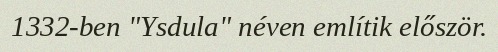
1332-ben "Ysdula" néven említik először.